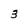
Character: 3